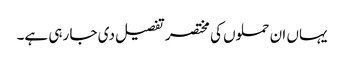
یہاں ان حملوں کی مختصر تفصیل دی جا رہی ہے۔